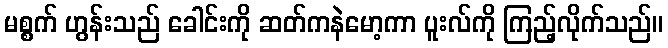
မစ္စက် ဟွန်းသည် ခေါင်းကို ဆတ်ကနဲမော့ကာ ပူးလ်ကို ကြည့်လိုက်သည်။